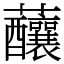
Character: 䖆